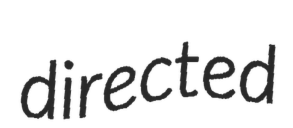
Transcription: directed